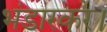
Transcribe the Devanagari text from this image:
भंडारकर।